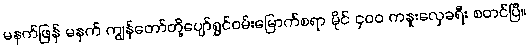
မနက်ဖြန် မနက် ကျွန်တော်တို့ပျော်ရွှင်ဝမ်းမြောက်စရာ မိုင် ၄၀၀ ကနူးလှေခရီး စတင်ပြီ။